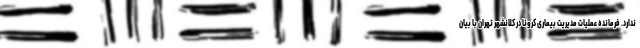
ندارد. فرمانده عملیات مدیریت بیماری کرونا در کلانشهر تهران با بیان